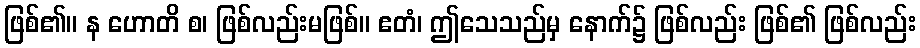
ဖြစ်၏။ န ဟောတိ စ၊ ဖြစ်လည်းမဖြစ်။ ဧတံ၊ ဤသေသည်မှ နောက်၌ ဖြစ်လည်း ဖြစ်၏ ဖြစ်လည်း